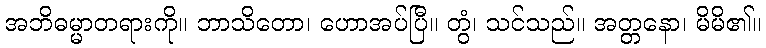
အဘိဓမ္မာတရားကို။ ဘာသိတော၊ ဟောအပ်ပြီ။ တွံ၊ သင်သည်။ အတ္တနော၊ မိမိ၏။